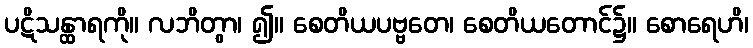
ပဋိသန္ထာရကို။ လဘိတွာ၊ ၍။ စေတိယပဗ္ဗတေ၊ စေတိယတောင်၌။ စောရေဟိ၊